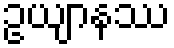
ဥယျာနဿ